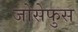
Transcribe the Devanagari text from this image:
जोसेफुस